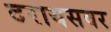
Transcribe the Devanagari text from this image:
दरायसवर